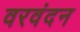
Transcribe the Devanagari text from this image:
वरवंदन